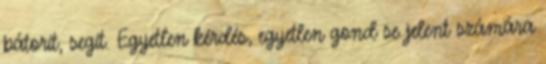
bátorít, segít. Egyetlen kérdés, egyetlen gond se jelent számára